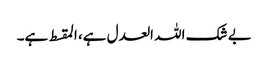
بے شک اللہ العدل ہے، المقسط ہے۔